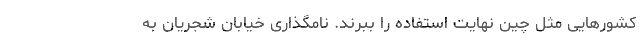
کشورهایی مثل چین نهایت استفاده را ببرند. نامگذاری خیابان شجریان به